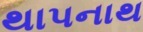
થાપનાથ